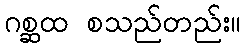
ဂစ္ဆထ စသည်တည်း။